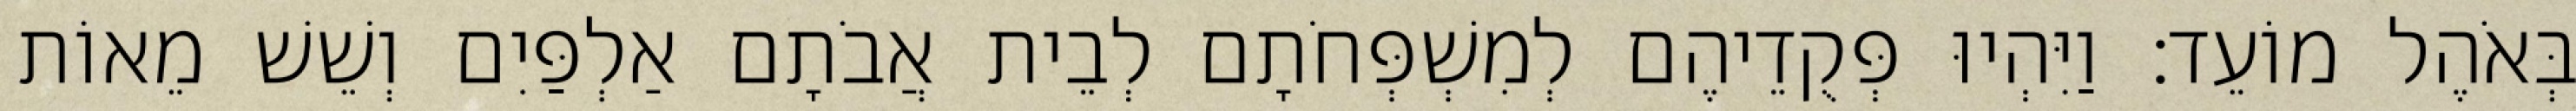
בְּאֹהֶל מוֹעֵד׃ וַיִּהְיוּ פְּקֻדֵיהֶם לְמִשְׁפְּחֹתָם לְבֵית אֲבֹתָם אַלְפַּיִם וְשֵׁשׁ מֵאוֹת